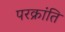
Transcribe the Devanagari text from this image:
परक्रांति